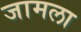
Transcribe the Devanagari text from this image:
जामला